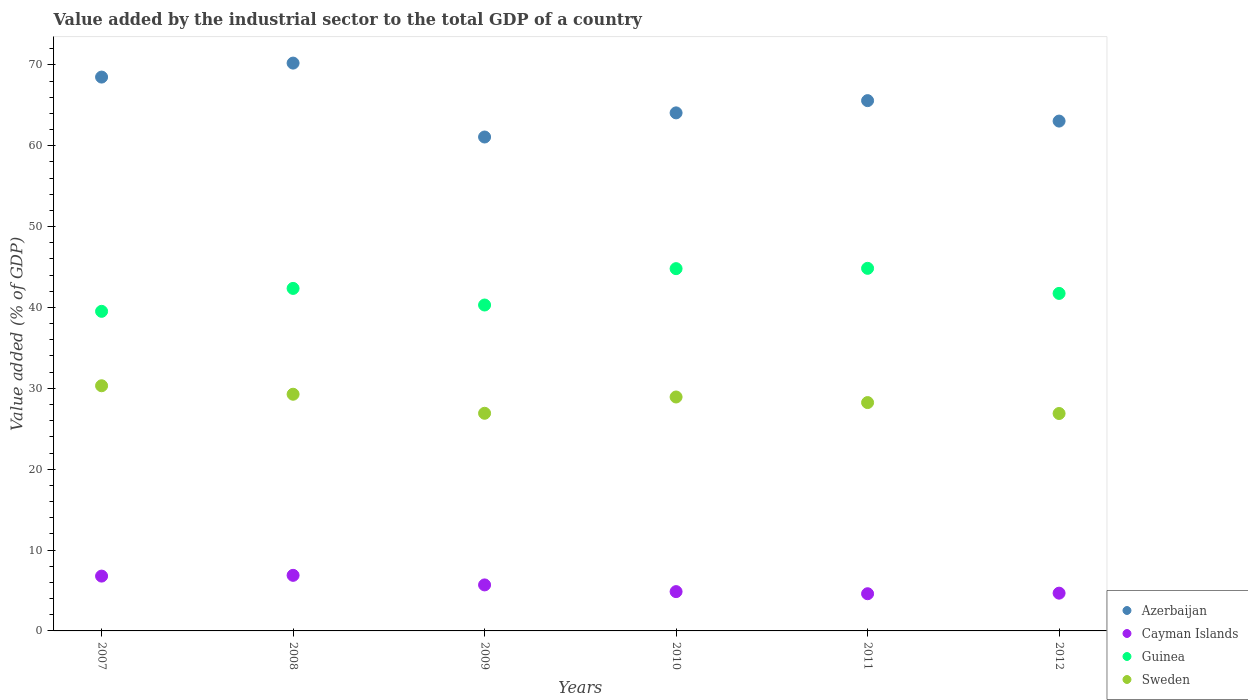
| Years | Azerbaijan | Cayman Islands | Guinea | Sweden |
 | --- | --- | --- | --- | --- |
 | 2007 | 68.5 | 6.78 | 39.5 | 30.3 |
 | 2008 | 70.2 | 6.87 | 42.4 | 29.3 |
 | 2009 | 61.1 | 5.69 | 40.3 | 26.9 |
 | 2010 | 64.1 | 4.86 | 44.8 | 28.9 |
 | 2011 | 65.6 | 4.6 | 44.8 | 28.2 |
 | 2012 | 63.1 | 4.67 | 41.7 | 26.9 |